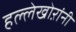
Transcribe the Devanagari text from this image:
हल्लेखोऱांनी